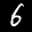
Label: 6